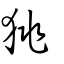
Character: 狣